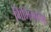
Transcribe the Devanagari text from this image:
गिमिगनॅनो